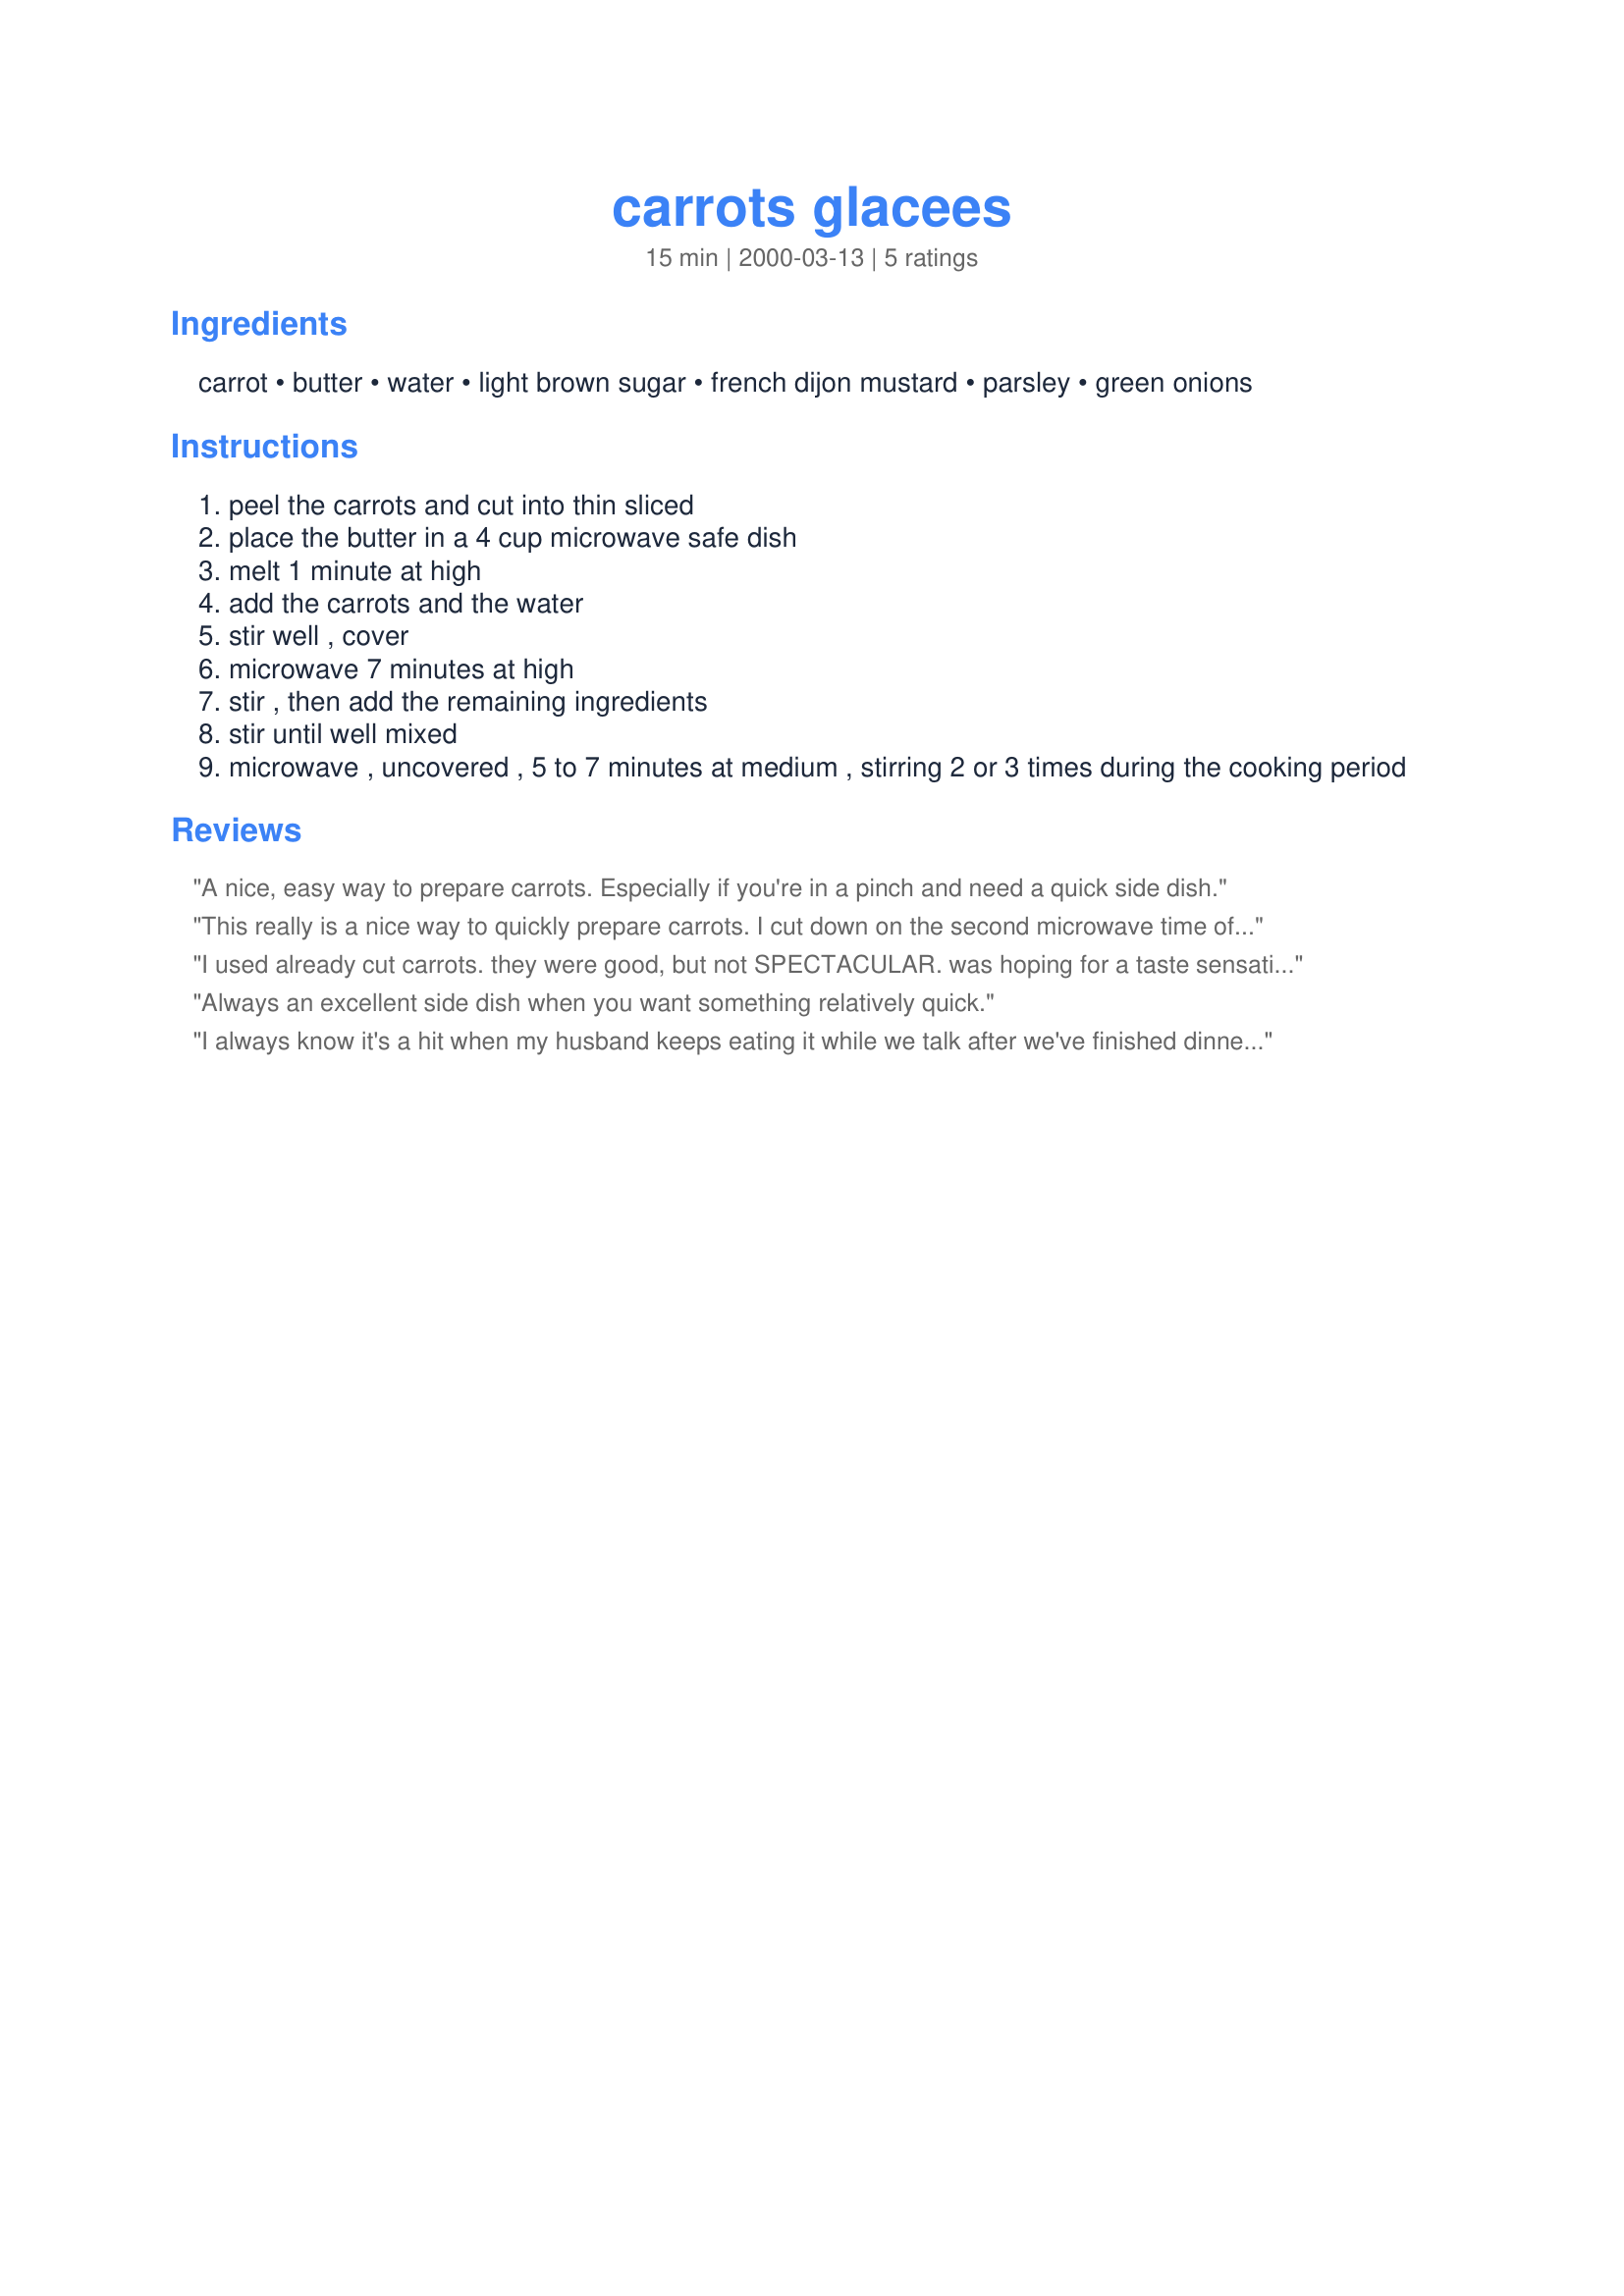
carrots glacees
Preparation time: 15 minutes

Ingredients:
carrot, butter, water, light brown sugar, french dijon mustard, parsley, green onions

Steps:
peel the carrots and cut into thin sliced
place the butter in a 4 cup microwave safe dish
melt 1 minute at high
add the carrots and the water
stir well , cover
microwave 7 minutes at high
stir , then add the remaining ingredients
stir until well mixed
microwave , uncovered , 5 to 7 minutes at medium , stirring 2 or 3 times during the cooking period

Reviews:
A nice, easy way to prepare carrots. Especially if you're in a pinch and need a quick side dish.
This really is a nice way to quickly prepare carrots. I cut down on the second microwave time of 5-7 minutes to 2 minutes and good thing...I think they would have been really overdone as the 2 minutes did it for us. Great recipe, thanks Dannygirl!
I used already cut carrots. they were good, but not SPECTACULAR. was hoping for a taste sensation in my mouth! LOL. Definitely a recipe that I can experiment with. Thanks!
Always an excellent side dish when you want something relatively quick.
I always know it's a hit when my husband keeps eating it while we talk after we've finished dinner!! Easy and yummy!!
